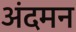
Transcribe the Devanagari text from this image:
अंदमन